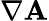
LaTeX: \nabla\mathbf{A}